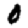
Digit: 0